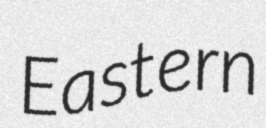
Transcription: Eastern